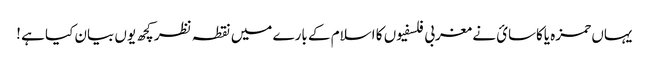
یہاں حمزه یاکاسائ نے مغربی فلسفیوں کا اسلام کے بارے میں نقطہ نظر کچھ یوں بیان کیا ہے !